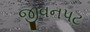
જીવનપટ